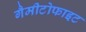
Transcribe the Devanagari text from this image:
गैमीटोफाइट